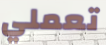
تعملي